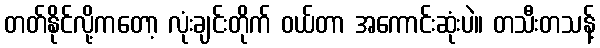
တတ်နိုင်လို့ကတော့ လုံးချင်းတိုက် ဝယ်တာ အကောင်းဆုံးပဲ။ တသီးတသန့်